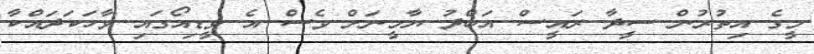
މީގެ އިތުރުން ސީދާ ރައީސް އަބްދު ޔާމީނަށް ވެސް އެ ވީޑިއޯގައި ވާހަކަދައްކާ